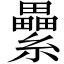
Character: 纍